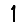
Digit: 1